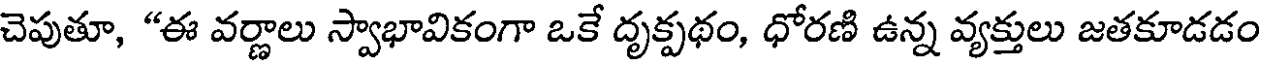
చెపుతూ, "ఈ వర్ణాలు స్వాభావికంగా ఒకే దృక్పథం, ధోరణి ఉన్న వ్యక్తులు జతకూడడం